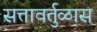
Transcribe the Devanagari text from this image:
सत्तावर्तुळास